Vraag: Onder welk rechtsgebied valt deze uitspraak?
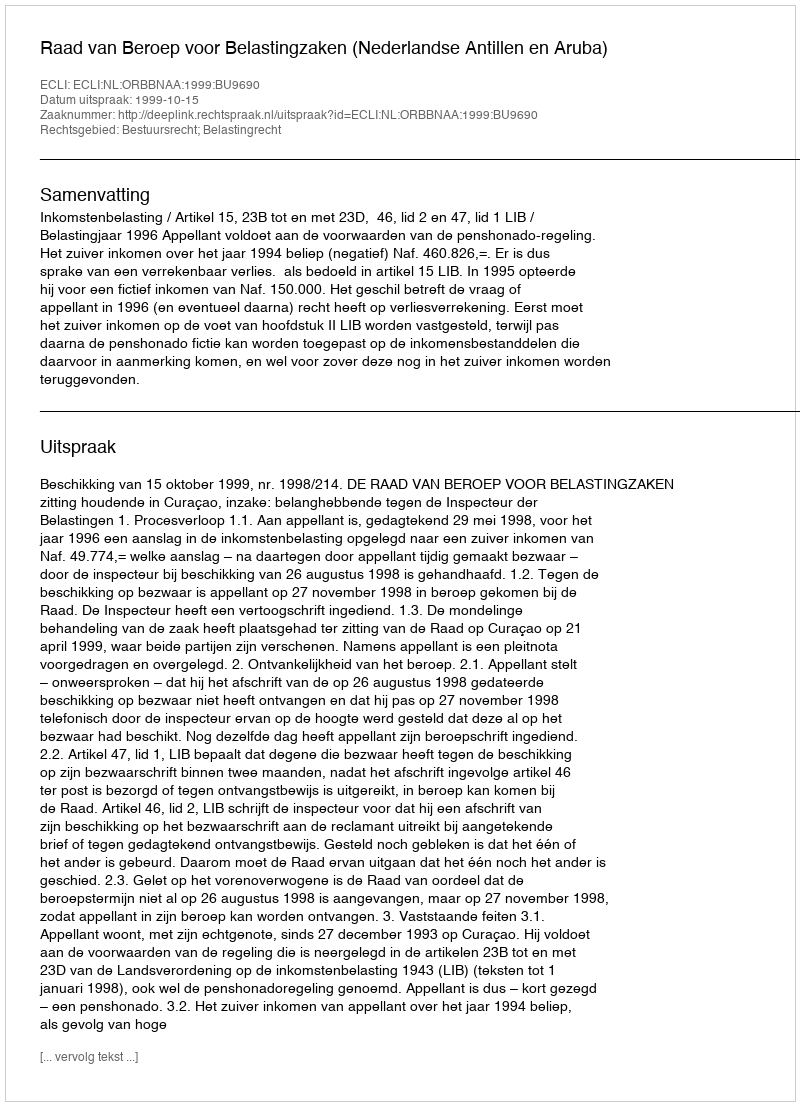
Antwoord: Bestuursrecht; Belastingrecht